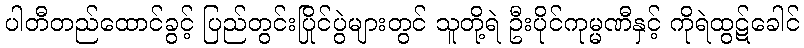
ပါတီတည်ထောင်ခွင့် ပြည်တွင်းပြိုင်ပွဲများတွင် သူတို့ရဲ ဦးပိုင်ကုမ္မဏီနှင့် ကိုရဲထွဋ်ခေါင်